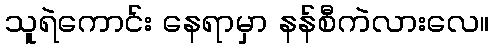
သူရဲကောင်း နေရာမှာ နန်စီကဲလားလေ။